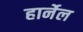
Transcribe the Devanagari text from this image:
हार्नेल